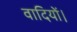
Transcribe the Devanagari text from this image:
वादियों।